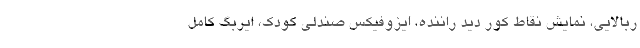
ربالایی، نمایش نقاط کور دید راننده، ایزوفیکس صندلی کودک، ایربگ کامل